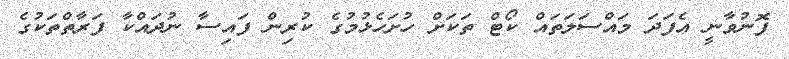
ފޮނުވާނީ އެފަދަ މައްސަލަތައް ކޯޓް ތަކަށް ހުށަހެޅުމުގެ ކުރިން ފައިސާ ނުދައްކާ ފަރާތްތަކުގެ